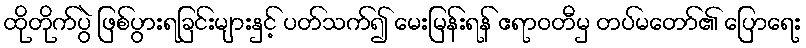
ထိုတိုက်ပွဲ ဖြစ်ပွားရခြင်းများနှင့် ပတ်သက်၍ မေးမြန်းရန် ဧရာဝတီမှ တပ်မတော်၏ ပြောရေး